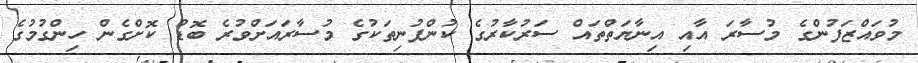
މުވައްޒަފުންގެ މުސާރަ އާއި އިނާޔަތްތައް ސަރުކާރުގެ ކުންފުނިތަކުގެ މުސާރައަށްވުރެ ބޮޑު ކޮށްގެން ހިންގުމުގެ